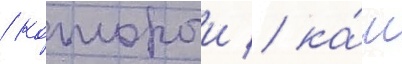
/ которыи / ка́к